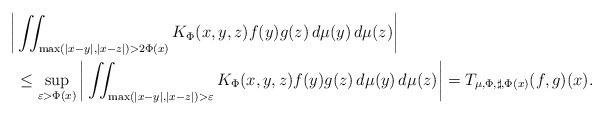
LaTeX: \begin{align*}\bigg|& \iint_{\max(|x-y|, |x-z|) > 2\Phi(x)} K_{\Phi}(x,y,z) f(y) g(z)\,d\mu(y)\,d\mu(z) \bigg| \\&\le \sup_{\varepsilon > \Phi(x)} \bigg| \iint_{\max(|x-y|, |x-z|) > \varepsilon} K_{\Phi}(x,y,z) f(y) g(z)\,d\mu(y)\,d\mu(z) \bigg| = T_{\mu, \Phi, \sharp, \Phi(x)}(f,g)(x).\end{align*}